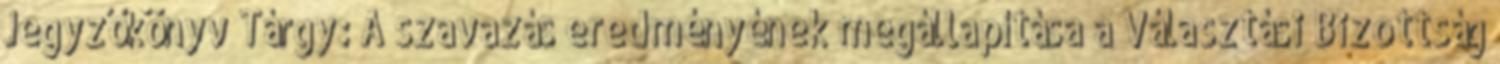
Jegyzőkönyv Tárgy: A szavazás eredményének megállapítása a Választási Bizottság